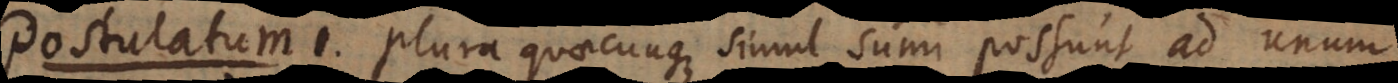
P 1. Plura quaecunque simul sumi possunt ad unum